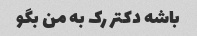
باشه دکتر رک به من بگو